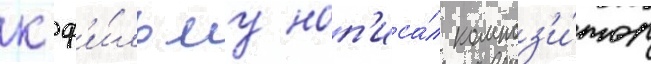
к ф'и́льму нап'иса́л композ'и́тор